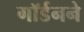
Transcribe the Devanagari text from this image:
गॉर्डनने